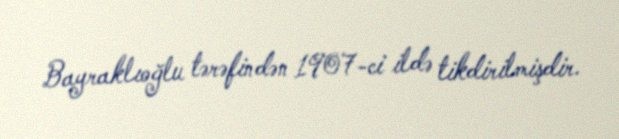
Bayraklıoğlu tərəfindən 1907-ci ildə tikdirilmişdir.